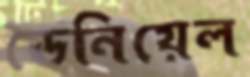
ডেনিয়েল